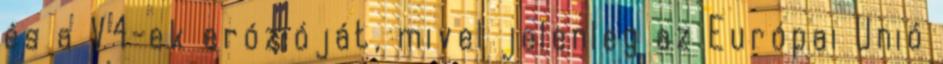
és a V4-ek erózióját, mivel jelenleg az Európai Unió